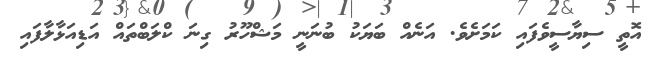
އޮތީ ސިޔާސީވެފައި ކަމަށެވެ. އަނެއް ބަޔަކު ބުނަނީ މަޝްހޫރު ގިނަ ކްލަބްތައް އަޑިއަޅާލާފައި